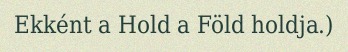
Ekként a Hold a Föld holdja.)